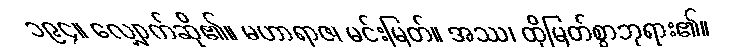
၁၉၄။ လျှောက်ဆို၏။ မဟာရာဇ၊ မင်းမြတ်။ အဿ၊ ထိုမြတ်စွာဘုရား၏။